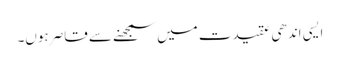
ایسی اندھی عقیدت میں سمجھنے سے قاصر ہوں۔